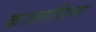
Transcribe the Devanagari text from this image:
कातालिना